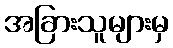
အခြားသူများမှ